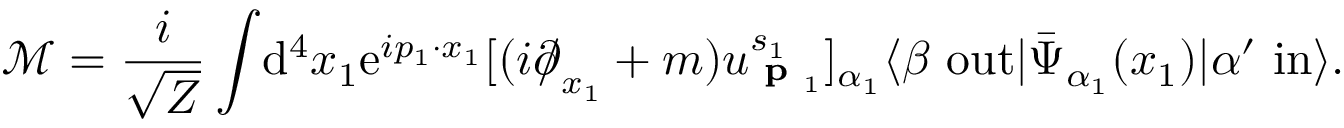
{ \mathcal { M } } = { \frac { i } { \sqrt { Z } } } \int \! \mathrm { d } ^ { 4 } x _ { 1 } \mathrm { e } ^ { i p _ { 1 } \cdot x _ { 1 } } [ ( i { \partial \! \! \! / } _ { x _ { 1 } } + m ) u _ { { \textbf { p } } _ { 1 } } ^ { s _ { 1 } } ] _ { \alpha _ { 1 } } \langle \beta \ \mathrm { o u t } | { \bar { \Psi } } _ { \alpha _ { 1 } } ( x _ { 1 } ) | \alpha ^ { \prime } \ \mathrm { i n } \rangle .